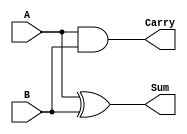
module halfadder(A,B,Carry,Sum);
  input A,B;
  output Sum,Carry;
  xor(Sum,A,B);
  and(Carry,A,B);
endmodule